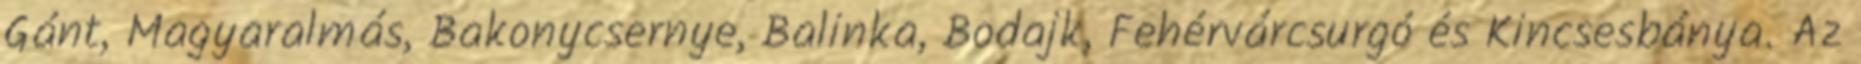
Gánt, Magyaralmás, Bakonycsernye, Balinka, Bodajk, Fehérvárcsurgó és Kincsesbánya. Az